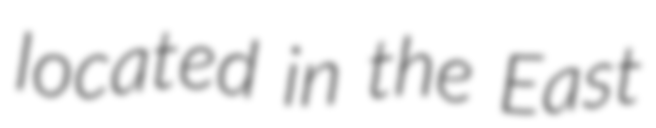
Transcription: located in the East